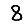
Digit: 8